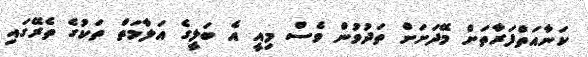
ކަނާއަތްފަރާތަށް މޭދަށަށް ތަދުވުން ވެސް މިއީ އެ ބަލީގެ އަލާމަތް ތަކުގެ ތެރޭގައި